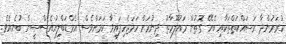
ކުރަމުންދާ މަސައްކަތްތަކާއި ބެހޭ ގޮތުން މައުލޫމާތު ދިނުމަށް ހަމަޖެހިފައިވާ ކަަމަށްވެސް އެމްޑަބްލިއުއެސްސީން ބުނެއެވެ.